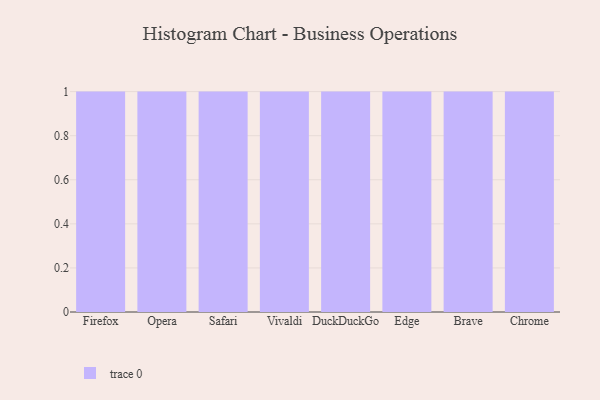
{"axis": {"x": "Browser", "y": "Headcount"}, "legend": [""], "data": [{"x": "Firefox", "y": 89, "type": ""}, {"x": "Opera", "y": 87, "type": ""}, {"x": "Safari", "y": 51, "type": ""}, {"x": "Vivaldi", "y": 11, "type": ""}, {"x": "DuckDuckGo", "y": 52, "type": ""}, {"x": "Edge", "y": 9, "type": ""}, {"x": "Brave", "y": 87, "type": ""}, {"x": "Chrome", "y": 88, "type": ""}]}